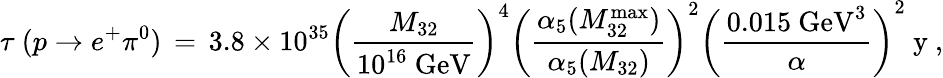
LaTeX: \tau~(p\to e^{+}\pi^{0})\, =\, 3.8\times 10^{35}\left({\frac{M_{32}}{10^{16}~\mathrm{GeV}}}\right)^{4}\left({\frac{\alpha_{5}(M_{32}^{\mathrm{max}})}{\alpha_{5}(M_{32})}}\right)^{2}\left({\frac{0.015~\mathrm{GeV}^{3}}{\alpha}}\right)^{2}~\mathrm{y}\ ,